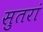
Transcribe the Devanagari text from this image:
सुतरां